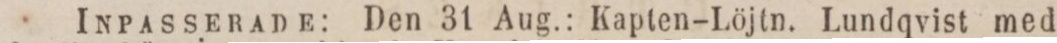
Inpasserade: Den 31 Aug.: Kapten-Löjtn. Lundqvist med